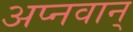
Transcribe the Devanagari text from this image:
अप्नवान्